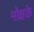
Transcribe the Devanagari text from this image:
मोक्षके